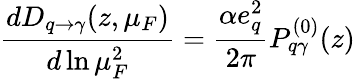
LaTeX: \frac{dD_{q\rightarrow\gamma}(z,\mu_{F})}{d\ln\mu_{F}^{2}}=\frac{\alpha e_{q}^{2}}{2\pi}P_{q\gamma}^{(0)}(z)